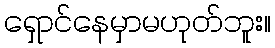
ရှောင်နေမှာမဟုတ်ဘူး။